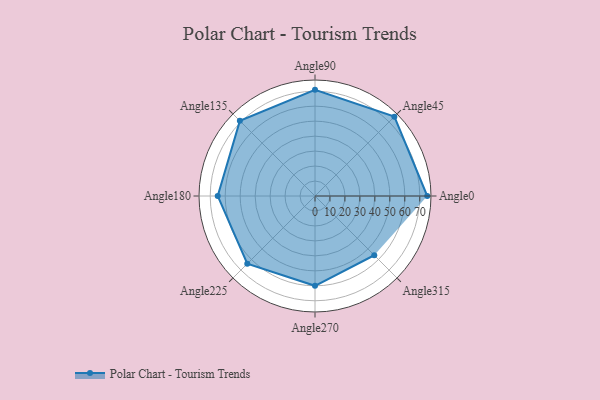
{"axis": {"x": "Angle", "y": "Radius"}, "legend": [""], "data": [{"x": "Angle0", "y": 75.0, "type": ""}, {"x": "Angle45", "y": 75.0, "type": ""}, {"x": "Angle90", "y": 71.0, "type": ""}, {"x": "Angle135", "y": 71.0, "type": ""}, {"x": "Angle180", "y": 65.0, "type": ""}, {"x": "Angle225", "y": 64.0, "type": ""}, {"x": "Angle270", "y": 60.0, "type": ""}, {"x": "Angle315", "y": 56.0, "type": ""}]}